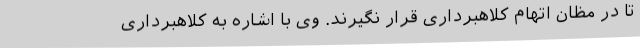
تا در مظان اتهام کلاهبرداری قرار نگیرند. وی با اشاره به کلاهبرداری